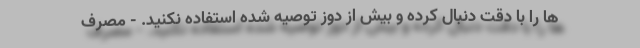
ها را با دقت دنبال کرده و بیش از دوز توصیه شده استفاده نکنید. - مصرف